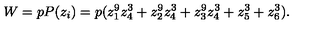
W = p P ( z _ { i } ) = p ( z _ { 1 } ^ { 9 } z _ { 4 } ^ { 3 } + z _ { 2 } ^ { 9 } z _ { 4 } ^ { 3 } + z _ { 3 } ^ { 9 } z _ { 4 } ^ { 3 } + z _ { 5 } ^ { 3 } + z _ { 6 } ^ { 3 } ) .